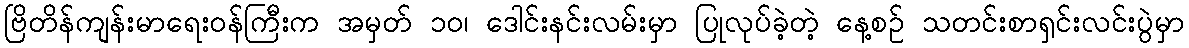
ဗြိတိန်ကျန်းမာရေးဝန်ကြီးက အမှတ် ၁၀၊ ဒေါင်းနင်းလမ်းမှာ ပြုလုပ်ခဲ့တဲ့ နေ့စဉ် သတင်းစာရှင်းလင်းပွဲမှာ